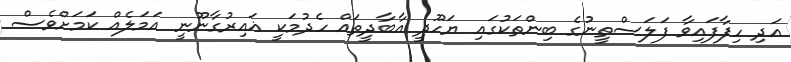
އަދި ހިފާފައިވާ ފަލަސްތީނުގެ ބިންތަކުގައި ޔަހޫދީ އާބާދީތައް ހެދުމަކީ ޣައިރުގާނޫނީ އަމަލެއް ކަމަށްވެސް